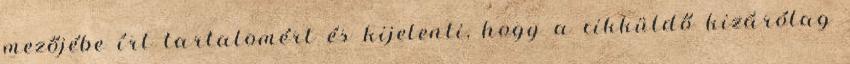
mezőjébe írt tartalomért és kijelenti, hogy a cikküldő kizárólag